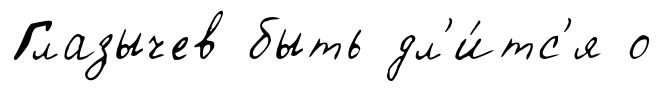
Глазычев быть дл'и́тс'я о